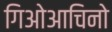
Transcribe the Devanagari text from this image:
गिओआचिनो